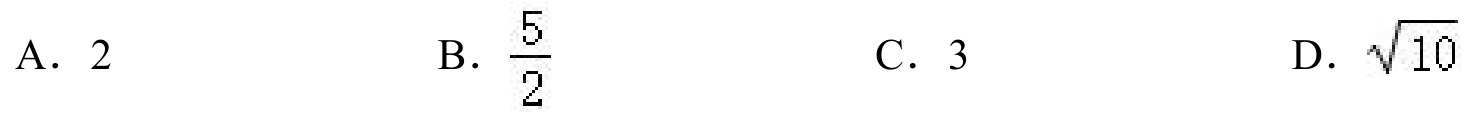
A. \(2\)
B. \(\frac{5}{2}\)
C. \(3\)
D. \(\sqrt{10}\)